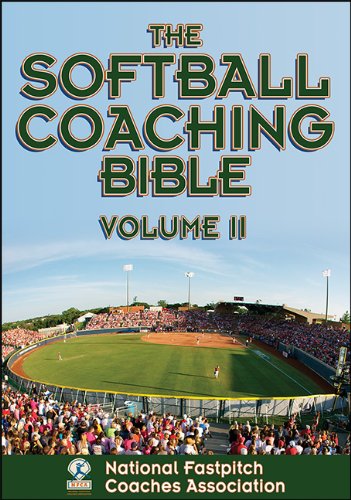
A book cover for Softball Coaching Bible, Volume II, The; National Fastpitch Coaches Association; Sports & Outdoors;